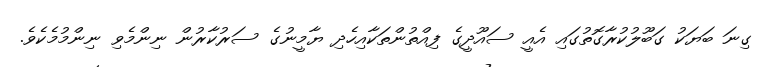
ގިނަ ބަޔަކު ގަބޫލުކުރާގޮތުގައި އެއީ ސައޫދީގެ ފިއްތުންތަކާއިހެދި ޔާމީނުގެ ސަރުކާރުން ނިންމެވި ނިންމުމެކެވެ.